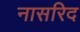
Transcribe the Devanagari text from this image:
नासरिद